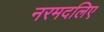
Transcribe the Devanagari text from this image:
नरमदलिए